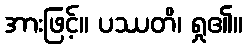
အားဖြင့်။ ပဿတိ၊ ရှု၏။